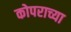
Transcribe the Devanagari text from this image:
कोपराच्या